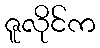
ဇူလိုင်က